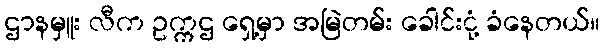
ဌာနမှူး လီက ဥက္ကဌ ရှေ့မှာ အမြဲတမ်း ခေါင်းငုံ့ ခံနေတယ်။